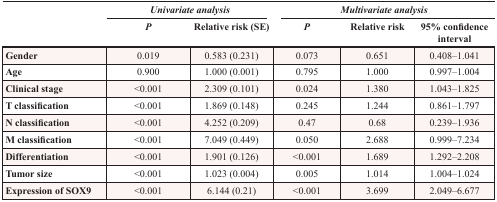
<table><thead><tr><td rowspan="2"></td><td colspan="2"><b><i>Univariate analysis</i></b></td><td colspan="3"><b><i>Multivariate analysis</i></b></td></tr><tr><td><b><i>P</i></b></td><td><b>Relative risk (SE)</b></td><td><b><i>P</i></b></td><td><b>Relative risk</b></td><td><b>95% confidence interval</b></td></tr></thead><tbody><tr><td><b>Gender</b></td><td>0.019</td><td>0.583 (0.231)</td><td>0.073</td><td>0.651</td><td>0.408–1.041</td></tr><tr><td><b>Age</b></td><td>0.900</td><td>1.000 (0.001)</td><td>0.795</td><td>1.000</td><td>0.997–1.004</td></tr><tr><td><b>Clinical stage</b></td><td>&lt;0.001</td><td>2.309 (0.101)</td><td>0.024</td><td>1.380</td><td>1.043–1.825</td></tr><tr><td><b>T classification</b></td><td>&lt;0.001</td><td>1.869 (0.148)</td><td>0.245</td><td>1.244</td><td>0.861–1.797</td></tr><tr><td><b>N classification</b></td><td>&lt;0.001</td><td>4.252 (0.209)</td><td>0.47</td><td>0.68</td><td>0.239–1.936</td></tr><tr><td><b>M classification</b></td><td>&lt;0.001</td><td>7.049 (0.449)</td><td>0.050</td><td>2.688</td><td>0.999–7.234</td></tr><tr><td><b>Differentiation</b></td><td>&lt;0.001</td><td>1.901 (0.126)</td><td>&lt;0.001</td><td>1.689</td><td>1.292–2.208</td></tr><tr><td><b>Tumor size</b></td><td>&lt;0.001</td><td>1.023 (0.004)</td><td>0.005</td><td>1.014</td><td>1.004–1.024</td></tr><tr><td><b>Expression of SOX9</b></td><td>&lt;0.001</td><td>6.144 (0.21)</td><td>&lt;0.001</td><td>3.699</td><td>2.049–6.677</td></tr></tbody></table>